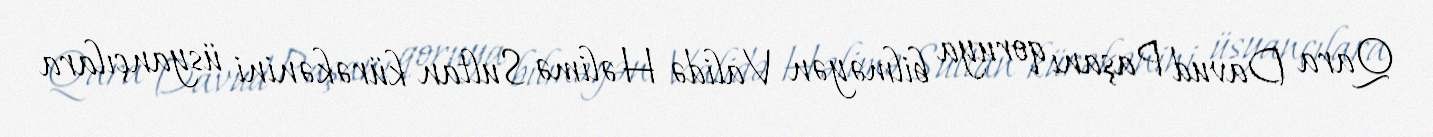
Qara Davud Paşanı qoruya bilməyən Validə Həlimə Sultan kürəkənini üsyançılara